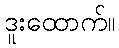
ဒူးထောက်။